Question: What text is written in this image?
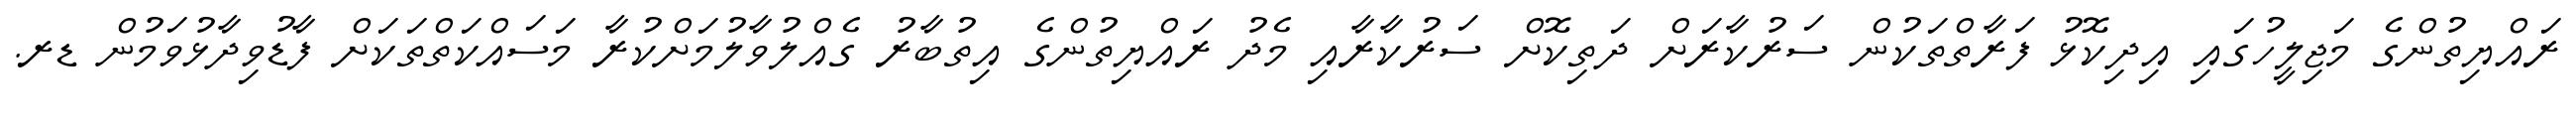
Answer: ރައްޔިތުންގެ މަޖިލީހުގައި އިދިކޮޅު ފަރާތްތަކުން ސަރުކާރަށް ދަތިކޮށް ސަރުކާރާއި މެދު ރައްޔިތުންގެ އިތުބާރު ގެއްލުވާލުމަށްކުރާ މަސައްކަތްތަކަށް ފާޑުވިދާޅުވަމުން ޑރ.